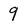
Character: 9